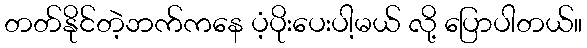
တတ်နိုင်တဲ့ဘက်ကနေ ပံ့ပိုးပေးပါ့မယ် လို့ ပြောပါတယ်။